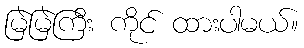
မြဲမြဲကြီး ကိုင် ထားပါမယ်။